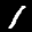
Label: 1